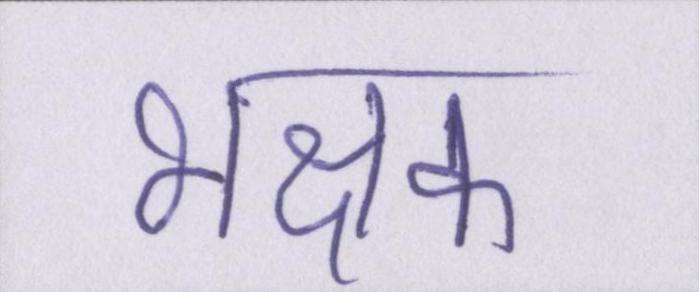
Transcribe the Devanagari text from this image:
भक्षक